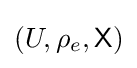
(U,\rho _{e},{\mathsf {X}})